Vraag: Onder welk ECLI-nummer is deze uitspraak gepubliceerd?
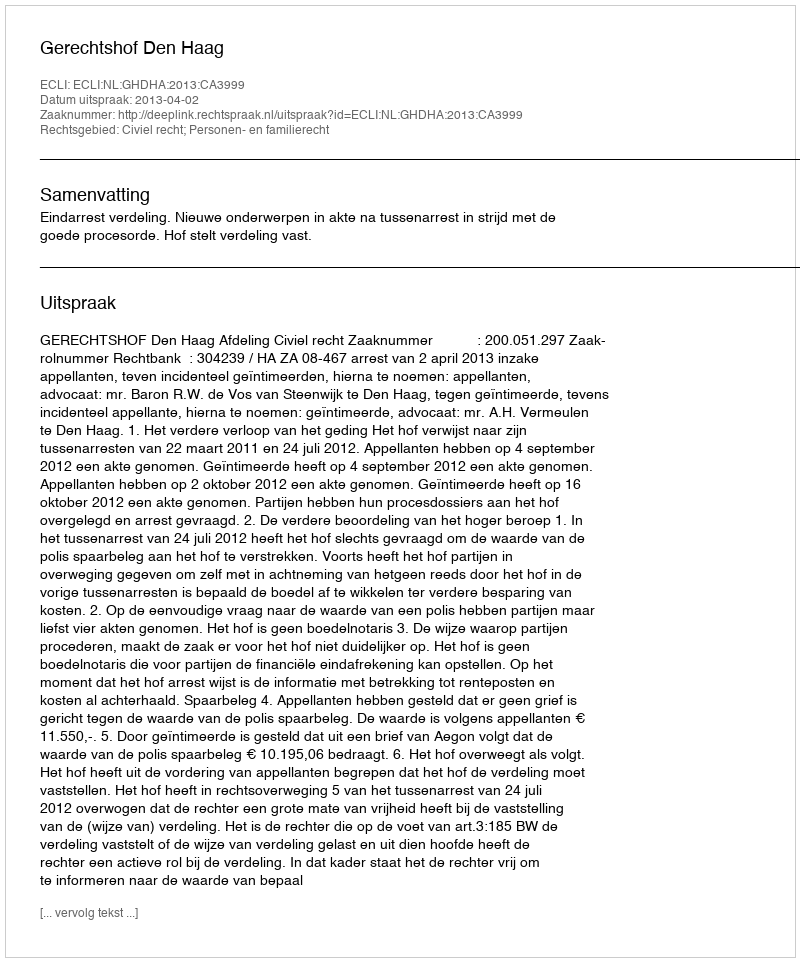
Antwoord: ECLI:NL:GHDHA:2013:CA3999